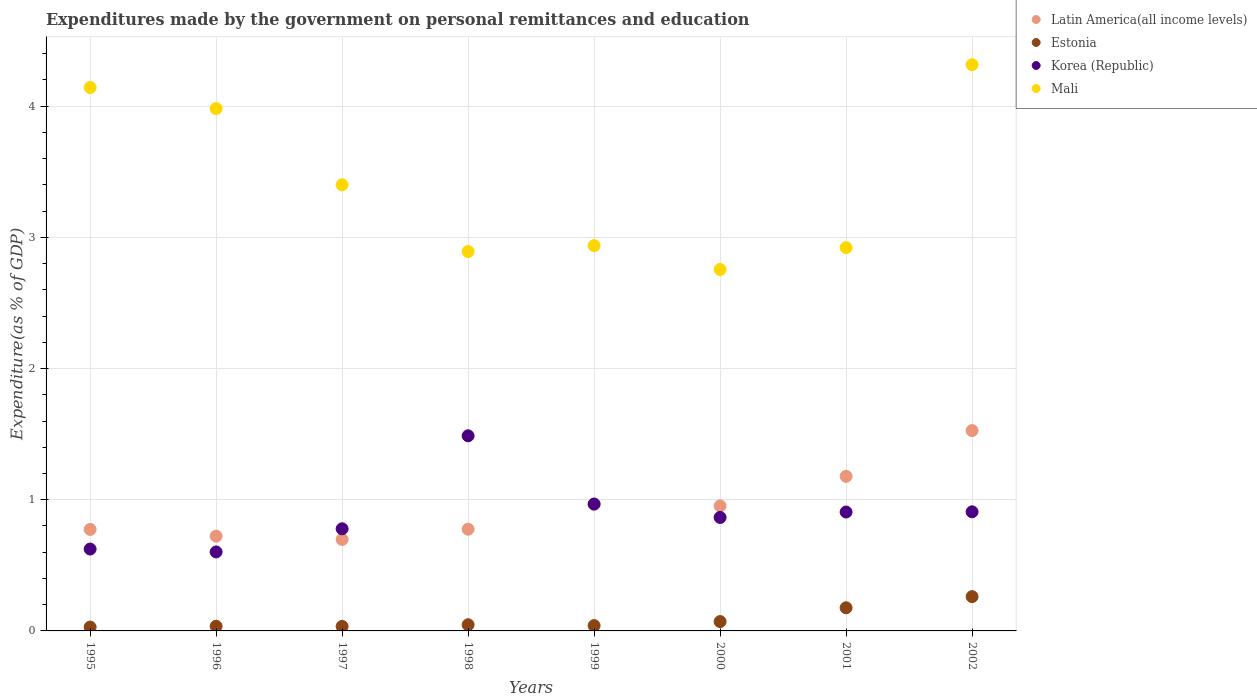
| Years | Latin America(all income levels) | Estonia | Korea (Republic) | Mali |
 | --- | --- | --- | --- | --- |
 | 1995 | 0.774 | 0.0294 | 0.624 | 4.14 |
 | 1996 | 0.722 | 0.0355 | 0.602 | 3.98 |
 | 1997 | 0.697 | 0.0343 | 0.779 | 3.4 |
 | 1998 | 0.776 | 0.0471 | 1.49 | 2.89 |
 | 1999 | 0.965 | 0.0404 | 0.968 | 2.94 |
 | 2000 | 0.953 | 0.0713 | 0.865 | 2.76 |
 | 2001 | 1.18 | 0.176 | 0.906 | 2.92 |
 | 2002 | 1.53 | 0.262 | 0.908 | 4.32 |